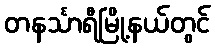
တနင်္သာရီမြို့နယ်တွင်